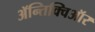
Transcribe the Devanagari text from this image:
ॲन्तिक्विऑर